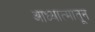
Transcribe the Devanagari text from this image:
आध्यात्मातून